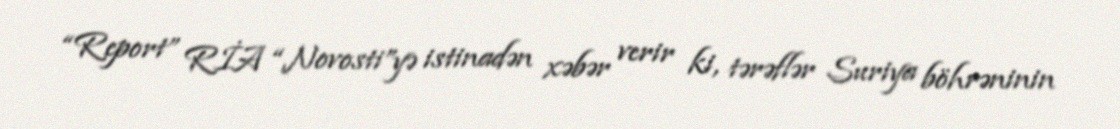
“Report” RİA “Novosti”yə istinadən xəbər verir ki, tərəflər Suriya böhrəninin